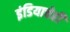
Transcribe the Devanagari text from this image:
इंडियाचेही